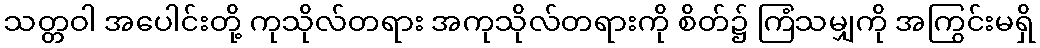
သတ္တဝါ အပေါင်းတို့ ကုသိုလ်တရား အကုသိုလ်တရားကို စိတ်၌ ကြံသမျှကို အကြွင်းမရှိ